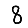
Digit: 8